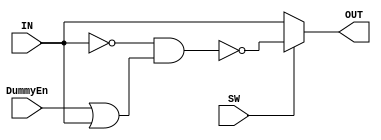
/**
 *
 *
 *  TDC_delayLine
 *  ideal delayline controller for test
 *
 *  History:
 *  2019/03/15 Datao Gong    : Created
 *  2019/03/15 Hanhan Sun    : updated and verified
*   2019/03/23 Hanhan Sun    : updated and verified
 **/
`timescale 1ps/100fs


/************Delay pulse generator*************/
module Delay_pulse_generator(input DummyEn,input SW,input IN,output OUT);
	wire Ain,NANDin;
	assign #400 Ain = !IN;
	assign #25 NANDin = !(Ain&(DummyEn|IN));
	assign #25 OUT = SW? NANDin: IN; 
endmodule


module TDC_controller
(
	input pulse,
	input clk40,
	input clk320,
	input enable,
	input testMode,
	input polaritySel,
	
	input resetn,
	input auotoReset,
	
	output wire  start,
	output wire  TOA_clk,
	output wire  TOA_Latch,	
	output wire  TOT_clk,
	output wire  TOTReset,
	output wire  TOAReset,	

	output wire RawdataWrtClk,
	output wire EncdataWrtClk,
	output wire ResetFlag
);



/********measurent Window Generator********/
	wire clk40dly25p;
	assign #25 clk40dly25p = !clk40;
	
	wire window;
	reg regWindow; //QC6
	
	always @(posedge clk320 or negedge clk40dly25p)
	begin
		if(!clk40dly25p)begin
			regWindow <= 1'b0;
		end
		else begin
			regWindow <= 1'b1;			
		end		
	end
	
	assign #50 window = enable&(!(regWindow|clk40));  

	
/********Synchronous reset generator********/		
	wire clk40dly200p;       
	wire rstn_clk40;
	
	assign #200 clk40dly200p = !(clk40 & auotoReset);
	assign #25 rstn_clk40 = (clk40 & auotoReset)|clk40dly200p;
	
	reg rstn_ext; //QC5 
	wire synReset;
	
	always @(negedge clk40)
	begin
		rstn_ext <= resetn;				
	end
	
	assign #25 synReset = auotoReset? rstn_clk40: rstn_ext; 

/*************************************/	
/********Pulse generator core********/
/*************************************/			
	wire window_buf;
	wire CPIN;
	
	assign #70 window_buf = window; 	
	assign #25 CPIN = testMode? window_buf: pulse; //testmode 
		
	
	reg QC0,QC1,QC2,QC3,QC4;
	wire RESETN1,RESETN2;

/********QC0********/			
	always @(posedge CPIN or negedge RESETN1)
	begin
		if(!RESETN1)begin
			QC0 <= 1'b0;
		end
		else begin
			QC0 <= QC0|window;
		end		
	end
		
	
/********QC1********/		
	always @(negedge CPIN or negedge RESETN2)
	begin
		if(!RESETN2)begin
			QC1 <= 1'b0;
		end
		else begin
			QC1 <= QC0;
		end		
	end	
	
	
/********QC2 and QC4********/		
	always @(negedge clk320 or negedge RESETN2)
	begin
		if(!RESETN2)begin
			QC2 <= 1'b0;
			QC4 <= 1'b0;
		end
		else begin
			QC2 <= QC0;
			QC4 <= QC2;
		end		
	end
	
	
/********QC3********/		
	always @(posedge clk320 or negedge RESETN2)
	begin
		if(!RESETN2)begin
			QC3 <= 1'b0;
		end
		else begin
			QC3 <= QC2;
		end		
	end
	
	
/********RESETN1********/	
	wire netDTin1,netDTout1;

	assign #325 netDTin1 = !(QC1&QC3);	
	Delay_pulse_generator DPGen1(.DummyEn(1'b1),.SW(polaritySel),.IN(netDTin1),.OUT(netDTout1));
	assign #25 RESETN1 = netDTout1&synReset;

	
/********RESETN2********/
	wire netDTin2,netDTout2;

	assign #325 netDTin2 = !(QC1&QC4);	
	Delay_pulse_generator DPGen2(.DummyEn(1'b1),.SW(polaritySel),.IN(netDTin2),.OUT(netDTout2));
	assign #25 RESETN2 = netDTout2&synReset;

	
/********start generator********/
	Delay_pulse_generator DPGen_start(.DummyEn(1'b1),.SW(polaritySel),.IN(QC0),.OUT(start));	
	
	
/********TOT_clk generator********/
	Delay_pulse_generator DPGen_TOTCK(.DummyEn(1'b0),.SW(polaritySel),.IN(QC1),.OUT(TOT_clk));		
	
	
/********TOA_clk generator********/
	wire  TOA_clkin;
	assign #50 TOA_clkin = clk320&(QC0|QC2);

	Delay_pulse_generator DPGen_TOACK(.DummyEn(1'b0),.SW(polaritySel),.IN(TOA_clkin),.OUT(TOA_clk));		
	
	
/**************************************/	
/********Readout Controller***********/
/*************************************/
	reg RC_QC0,RC_QC1,RC_QC2,RC_QC3;

	always @(posedge clk40)
	begin
	RC_QC1 <= QC0;	//start as data
	end

	always @(negedge clk40)
	begin
	RC_QC2 <= RC_QC1;
	RC_QC3 <= RC_QC2;
	end

	assign #100 RawdataWrtClk  = (!clk40) & RC_QC1;
	assign #75 EncdataWrtClk  = clk40 & RC_QC2;
	assign #50 ResetFlag = !(clk40 & RC_QC3);
	
	
	always @(posedge TOA_clk or negedge TOTReset)
	begin
		if(!TOTReset)begin
			RC_QC0 <= 1'b0;
		end
		else begin
			RC_QC0 <= 1'b1;
		end		
	end

	Delay_pulse_generator DPGen_TOALatch(.DummyEn(1'b0),.SW(1'b1),.IN(RC_QC0),.OUT(TOA_Latch));	
	
	Delay_pulse_generator DPGen_TOTReset(.DummyEn(1'b0),.SW(1'b1),.IN(RawdataWrtClk),.OUT(TOTReset));	
	

	wire TOAReset1;
	//Delay_pulse_generator DPGen_TOAReset(.DummyEn(1'b0),.SW(1'b1),.IN(TOA_Latch),.OUT(TOAReset1)); 	
		
	reg RC_QC4;
	always @(posedge TOA_Latch or negedge TOTReset)
	begin
		if(!TOTReset)begin
			RC_QC4 <= 1'b0;
		end
		else begin
			RC_QC4 <= 1'b1;
		end		
	end

	Delay_pulse_generator DPGen_TOAReset(.DummyEn(1'b0),.SW(1'b1),.IN(RC_QC4),.OUT(TOAReset1));

	assign #50 TOAReset = TOAReset1 & TOTReset;
	
		
endmodule